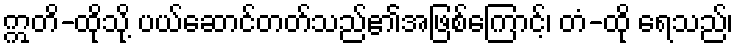
ဣတိ-ထိုသို့ ပယ်ဆောင်တတ်သည်၏အဖြစ်ကြောင့်၊ တံ-ထို ရေသည်၊